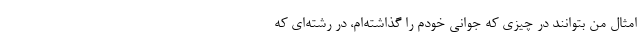
امثال من بتوانند در چیزی که جوانی خودم را گذاشته‌ام، در رشته‌ای که